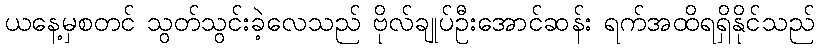
ယနေ့မှစတင် သွတ်သွင်းခဲ့လေသည် ဗိုလ်ချုပ်ဦးအောင်ဆန်း ရက်အထိရရှိနိုင်သည်